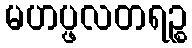
မဟပ္ဖလတရဉ္စ